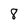
Character: 8